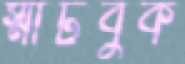
স্মার্টবুক